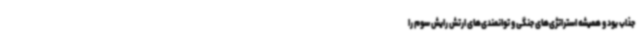
جذاب بود و همیشه استراتژی‌های جنگی و توانمندی‌های ارتش رایش سوم را